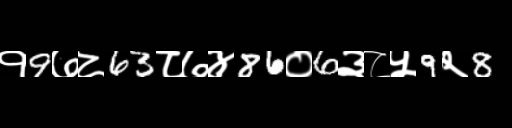
Text: १9७८63८७४86०6३८५9२8